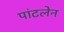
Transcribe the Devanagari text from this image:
पांटलेन